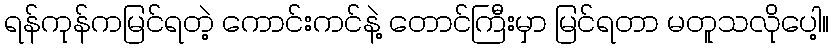
ရန်ကုန်ကမြင်ရတဲ့ ကောင်းကင်နဲ့ တောင်ကြီးမှာ မြင်ရတာ မတူသလိုပေါ့။